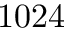
1 0 2 4